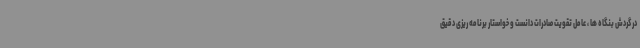
در گردش بنگاه ها ، عامل تقویت صادرات دانست و خواستار برنامه ریزی دقیق